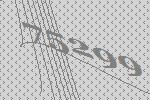
75299